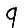
Digit: 9